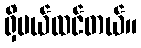
ရှိမယ်ထင်တယ်။